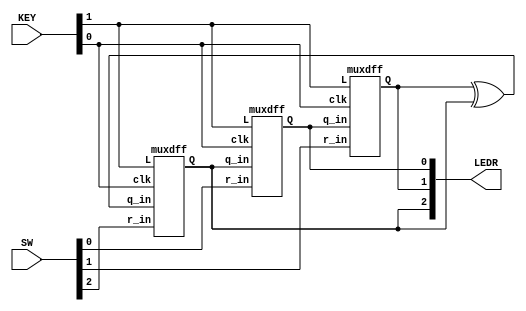
module top_module (
	input [2:0] SW,      // R
	input [1:0] KEY,     // L and clk
	output [2:0] LEDR);  // Q
	
    wire LEDRq1x;
    muxdff md0 ( KEY[0], KEY[1], SW[0], LEDR[2], LEDR[0] );
    muxdff md1 ( KEY[0], KEY[1], SW[1], LEDR[0], LEDR[1] );
    xor ( LEDRq1x, LEDR[1], LEDR[2] );
    muxdff md2 ( KEY[0], KEY[1], SW[2], LEDRq1x, LEDR[2] );
    
endmodule

// Using single module for (mux + dff)
module muxdff (
	input clk,
	input L,
	input r_in,
	input q_in,
	output reg Q);
    always @(posedge clk) begin
        Q <= L ? r_in : q_in ;
    end
endmodule